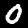
Digit: 0